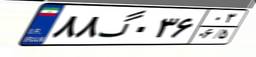
۸۸گ۰۳۶۰۳